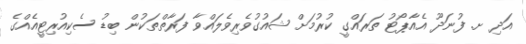
އަދި ށ. ފުނަދޫ އެއާޕޯޓު ތަރައްގީ ކުރުމަށް ޝައުގުވެރިވެލައްވާ ފަރާތްތަކުން ބިޑު ސެކިއުރިޓީއެއްގެ